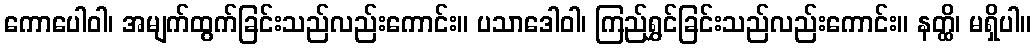
ကောပေါဝါ၊ အမျက်ထွက်ခြင်းသည်လည်းကောင်း။ ပသာဒေါဝါ၊ ကြည်ရွှင်ခြင်းသည်လည်းကောင်း။ နတ္ထိ၊ မရှိပါ။